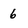
Character: 6